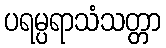
ပရမ္ပရာသံသတ္တာ